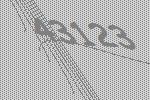
43123